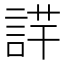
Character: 𧨢